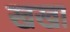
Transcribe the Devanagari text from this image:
खखा